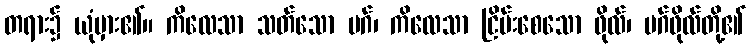
တရား၌ ယုံမှား၏။ ကိလေသာ သတ်သော မဂ်၊ ကိလေသာ ငြိမ်းစေသော ဖိုလ်၊ မဂ်ဖိုလ်တို့၏